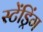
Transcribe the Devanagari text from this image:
स्टेंड्रिंग